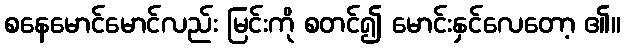
စနေမောင်မောင်လည်း မြင်းကို စတင်၍ မောင်းနှင်လေတော့ ၏။